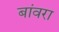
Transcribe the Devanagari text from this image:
बांवरा